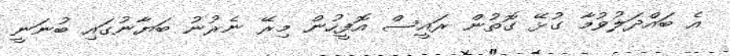
އެ ބައްދަލުވުމާ ގުޅޭ ގޮތުން ރައީސް އޮފީހުން މިރޭ ނެރުނު ބަޔާނުގައި ބުނަނީ